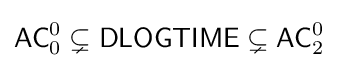
{\mathsf {AC}}_{0}^{0}\subsetneq {\mathsf {DLOGTIME}}\subsetneq {\mathsf {AC}}_{2}^{0}